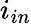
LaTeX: i_{in}